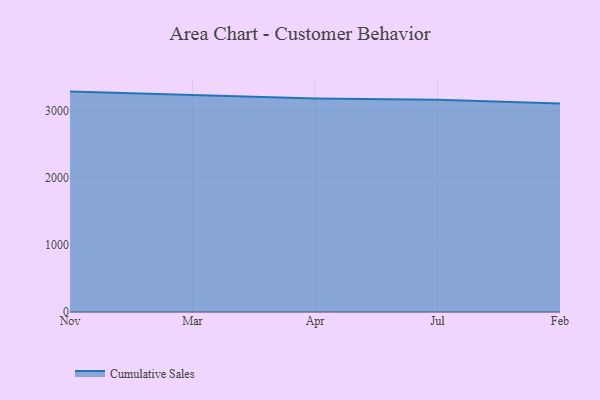
{"axis": {"x": "Month", "y": "Backlog"}, "legend": ["Cumulative Sales"], "data": [{"x": "Nov", "y": 3292.1, "type": "Cumulative Sales"}, {"x": "Mar", "y": 3241.6, "type": "Cumulative Sales"}, {"x": "Apr", "y": 3187.6, "type": "Cumulative Sales"}, {"x": "Jul", "y": 3169.2, "type": "Cumulative Sales"}, {"x": "Feb", "y": 3112.7, "type": "Cumulative Sales"}]}